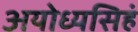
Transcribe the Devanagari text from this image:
अयोध्यसिहं